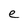
Character: e